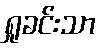
ရှုခင်းသာ